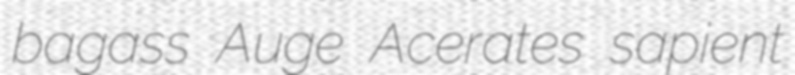
bagass Auge Acerates sapient